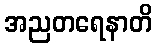
အညတရေနာတိ